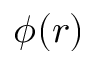
\phi ( r )